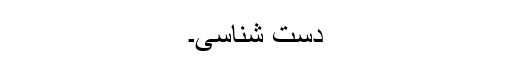
دست شناسی۔